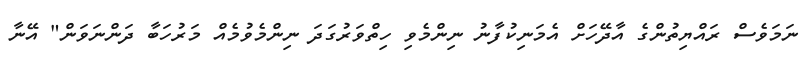
ނަމަވެސް ރައްޔިތުންގެ އާދޭހަށް އެމަނިކުފާނު ނިންމެވި ހިތްވަރުގަދަ ނިންމެވުމެއް މަރުހަބާ ދަންނަވަން" އޭނާ